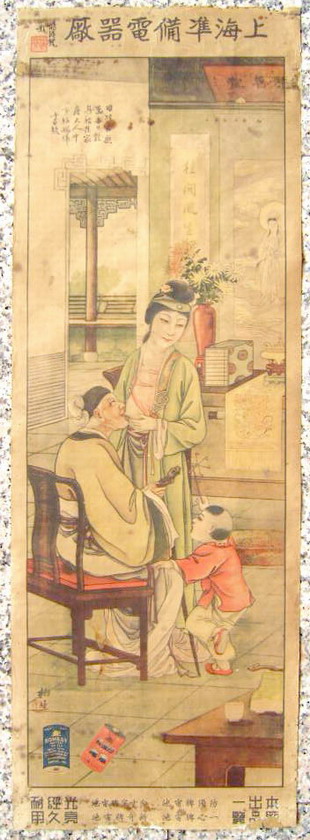
见善而怠，时至而疑。知非而处，此三者道之所止也。